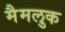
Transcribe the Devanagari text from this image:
मैमलुक